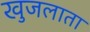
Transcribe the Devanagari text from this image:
खुजलाता